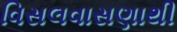
વિસલવાસણાથી